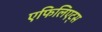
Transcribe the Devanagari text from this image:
एफिलिएट्स